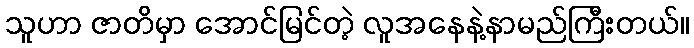
သူဟာ ဇာတိမှာ အောင်မြင်တဲ့ လူအနေနဲ့နာမည်ကြီးတယ်။